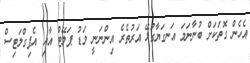
އެހެން ގޮތަކަށް ބުނާނަމަ އަނގަޔާގުޅޭ އަރުތެރެ އިންނަނީ މަޑު ޕަލޭޓް އާއި އެޕިގްލަޓިސް